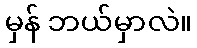
မှန် ဘယ်မှာလဲ။